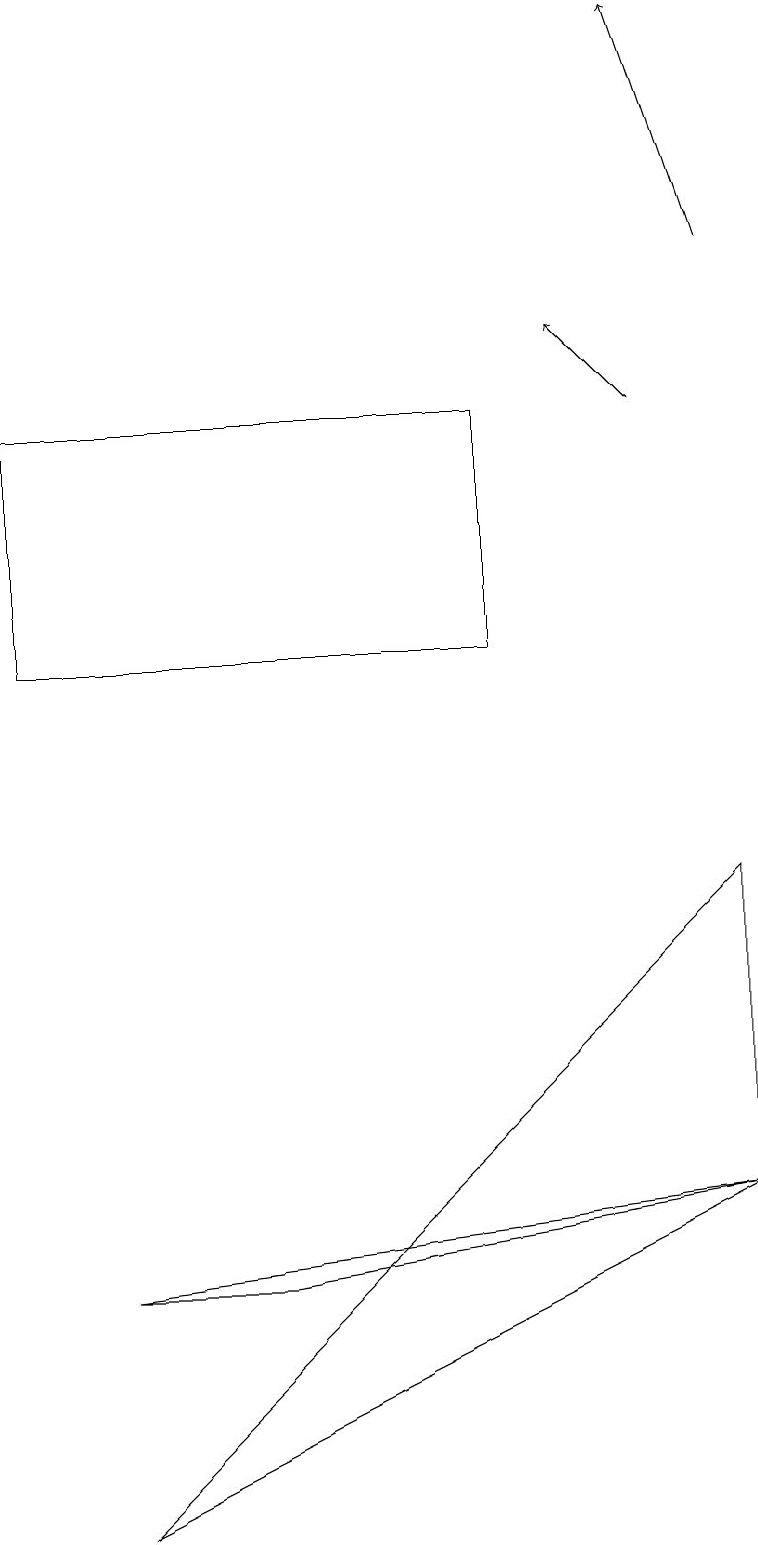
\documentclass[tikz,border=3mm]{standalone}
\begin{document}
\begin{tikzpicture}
\draw[->] (8,14) -- (7,15);
\draw (6,11) rectangle (0,14);
\draw[->] (9,16) -- (8,19);
\draw (9,8) -- (1,0) -- (9,4) -- cycle;
\draw (3,3) -- (1,3) -- (9,4) -- cycle;
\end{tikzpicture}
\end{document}